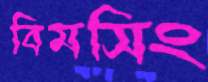
বিমসিং